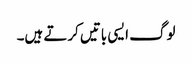
لوگ ایسی باتیں کرتے ہیں۔